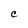
Character: C